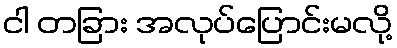
ငါ တခြား အလုပ်ပြောင်းမလို့